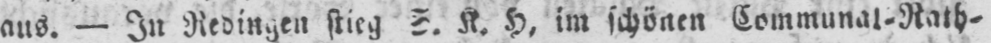
aus. - In Redingen stieg S. K. H, im schönen Communal⸗Rath⸗